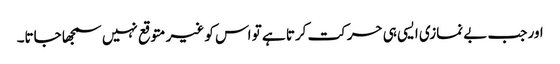
اور جب بے نمازی ایسی ہی حرکت کرتا ہے تو اس کو غیر متوقع نہیں سمجھا جاتا۔